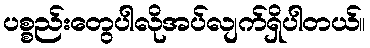
ပစ္စည်းတွေပါလိုအပ်လျက်ရှိပါတယ်။